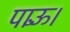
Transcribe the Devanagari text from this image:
पाऊँ।